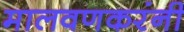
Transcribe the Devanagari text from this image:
मालवणकरंनी